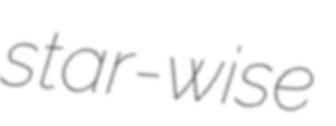
star-wise